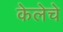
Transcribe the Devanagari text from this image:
केलेचे